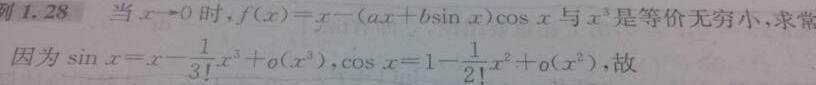
例 1.28 当$x \to 0$时，$f(x)=x-(ax + b\sin x)\cos x$与$x^{3}$是等价无穷小，求常
因为$\sin x=x-\frac{1}{3!}x^{3}+o(x^{3})$，$\cos x=1-\frac{1}{2!}x^{2}+o(x^{2})$，故